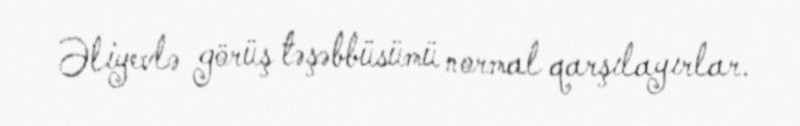
Əliyevlə görüş təşəbbüsümü normal qarşılayırlar.